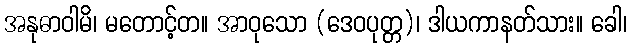
အနုဓာဝါမိ၊ မတောင့်တ။ အာဝုသော (ဒေဝပုတ္တ)၊ ဒါယကာနတ်သား။ ခေါ၊